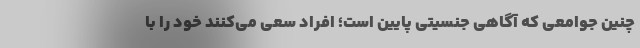
چنین جوامعی که آگاهی جنسیتی پایین است؛ افراد سعی می‌کنند خود را با